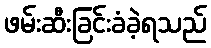
ဖမ်းဆီးခြင်းခံခဲ့ရသည်